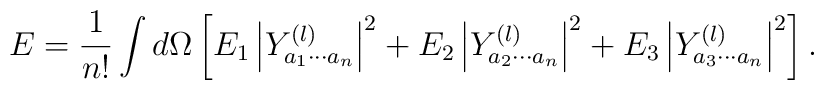
E = {1 \over n!} \int d\Omega \left[ E_1 \left| Y^{(l)}_{a_1 \cdots a_n} \right|^2 + E_2 \left| Y^{(l)}_{a_2 \cdots a_n} \right|^2 + E_3 \left| Y^{(l)}_{a_3 \cdots a_n} \right|^2 \right].